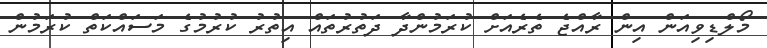
މޯލްޑިވިއަން އިން ރާއްޖެ ތެރެއަށް ކުރަމުންދާ ދަތުރުތައް އިތުުރު ކުރުމުގެ މަސައްކަތް ކުރަމުން